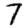
Digit: 7